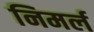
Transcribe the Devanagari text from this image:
निमर्ल